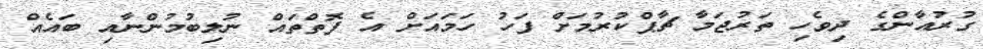
ގުރުއާންގެ ދިވެހި ތަރުޖަމާ ޗާޕްކުރުމަށް ފަހު ހަމައަށް އެ ފޮތްތައް ނުލިބުމުންނާއި ބައެއް